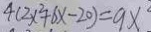
4 ( 2 x ^ { 2 } + 6 x - 2 0 ) = 9 x ^ { 2 }